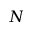
N